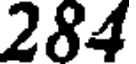
284